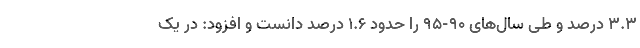
۳.۳ درصد و طی سال‌های ۹۰-۹۵ را حدود ۱.۶ درصد دانست و افزود: در یک